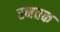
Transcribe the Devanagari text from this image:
स्नतक